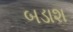
બડાશ